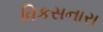
વિકસનારા